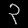
Digit: ၃